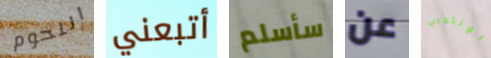
اللحوم أتبعني سأسلم عن الإنتخاب